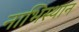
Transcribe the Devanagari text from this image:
नाभिस्थान